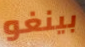
بينغو